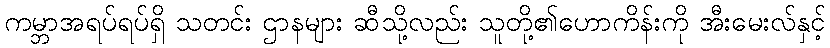
ကမ္ဘာအရပ်ရပ်ရှိ သတင်း ဌာနများ ဆီသို့လည်း သူတို့၏ဟောကိန်းကို အီးမေးလ်နှင့်